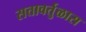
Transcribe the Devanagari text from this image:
सत्तावर्तुळास